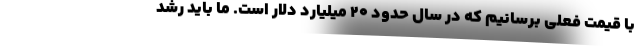
با قیمت فعلی برسانیم که در سال حدود ۲۰ میلیارد دلار است. ما باید رشد